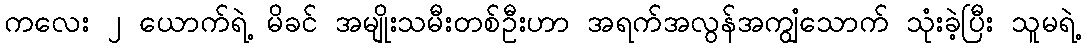
ကလေး ၂ ယောက်ရဲ့ မိခင် အမျိုးသမီးတစ်ဦးဟာ အရက်အလွန်အကျွံသောက် သုံးခဲ့ပြီး သူမရဲ့